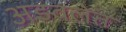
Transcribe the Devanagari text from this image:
अडवलेत